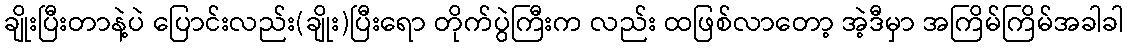
ချိုးပြီးတာနဲ့ပဲ ပြောင်းလည်း(ချိုး)ပြီးရော တိုက်ပွဲကြီးက လည်း ထဖြစ်လာတော့ အဲ့ဒီမှာ အကြိမ်ကြိမ်အခါခါ